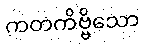
ကတကိဗ္ဗိသော